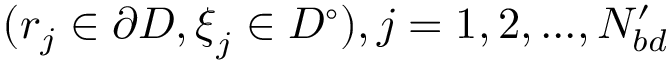
( \boldsymbol { r } _ { j } \in \partial D , \boldsymbol { \xi } _ { j } \in D ^ { \circ } ) , j = 1 , 2 , . . . , N _ { b d } ^ { \prime }